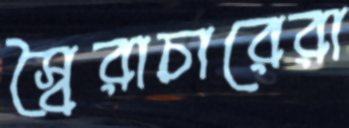
স্বৈরাচারেরা